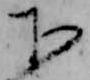
下